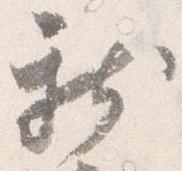
新